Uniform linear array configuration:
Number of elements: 8
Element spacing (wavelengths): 0.25
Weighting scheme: cosine
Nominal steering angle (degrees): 30
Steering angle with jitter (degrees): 29.171
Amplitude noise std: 0.05
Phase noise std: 0.05

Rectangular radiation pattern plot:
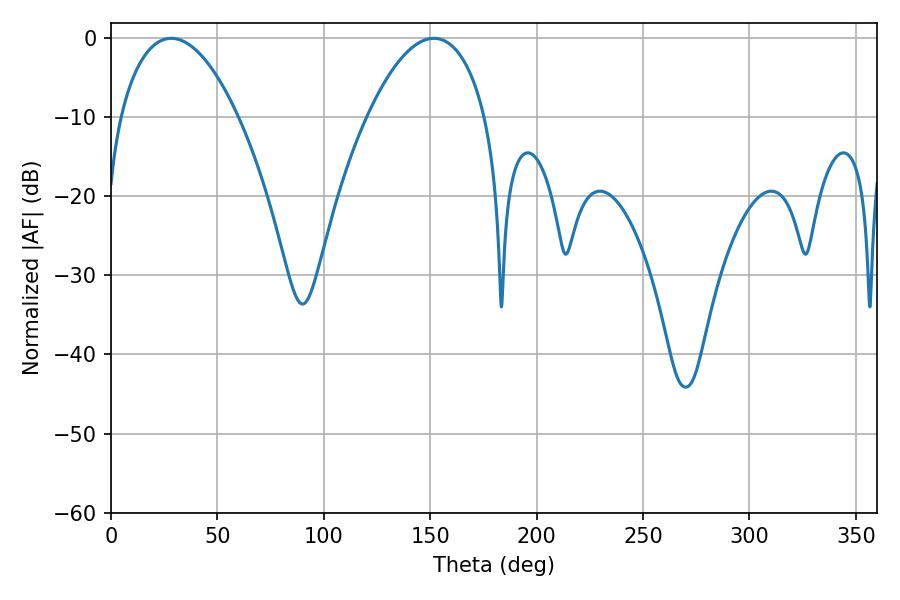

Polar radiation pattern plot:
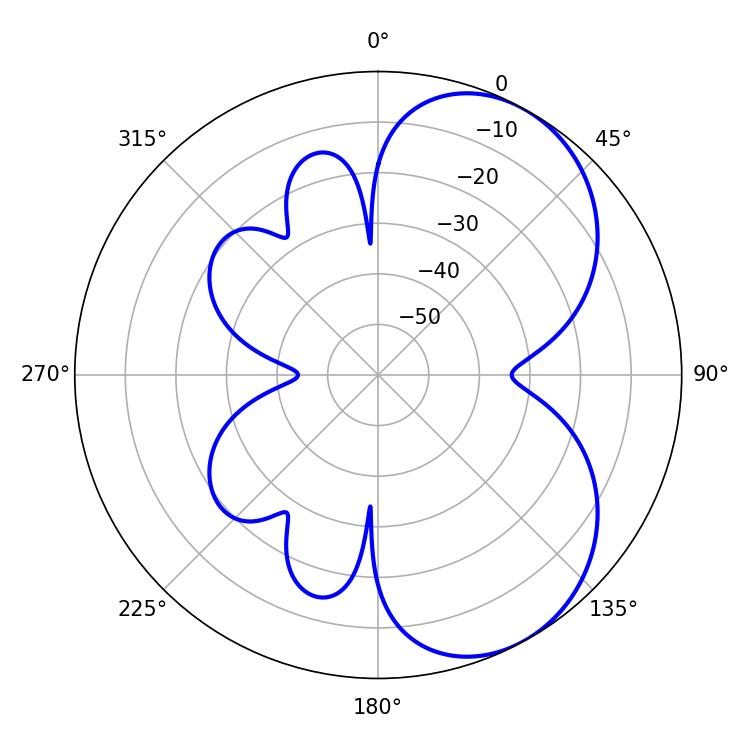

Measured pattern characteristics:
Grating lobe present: FALSE
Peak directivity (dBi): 5.55
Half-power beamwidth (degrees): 30.96
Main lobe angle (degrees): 28.26